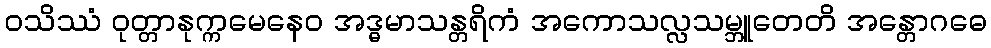
ဝသိဿံ ဝုတ္တာနုက္ကမေနေဝ အဒ္ဓမာသန္တရိကံ အကောသလ္လသမ္ဘူတေတိ အန္တောဂဓေ